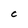
Character: C